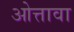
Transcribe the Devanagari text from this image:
ओत्तावा